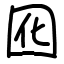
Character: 囮